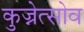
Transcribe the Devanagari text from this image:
कुज्नेत्सोव